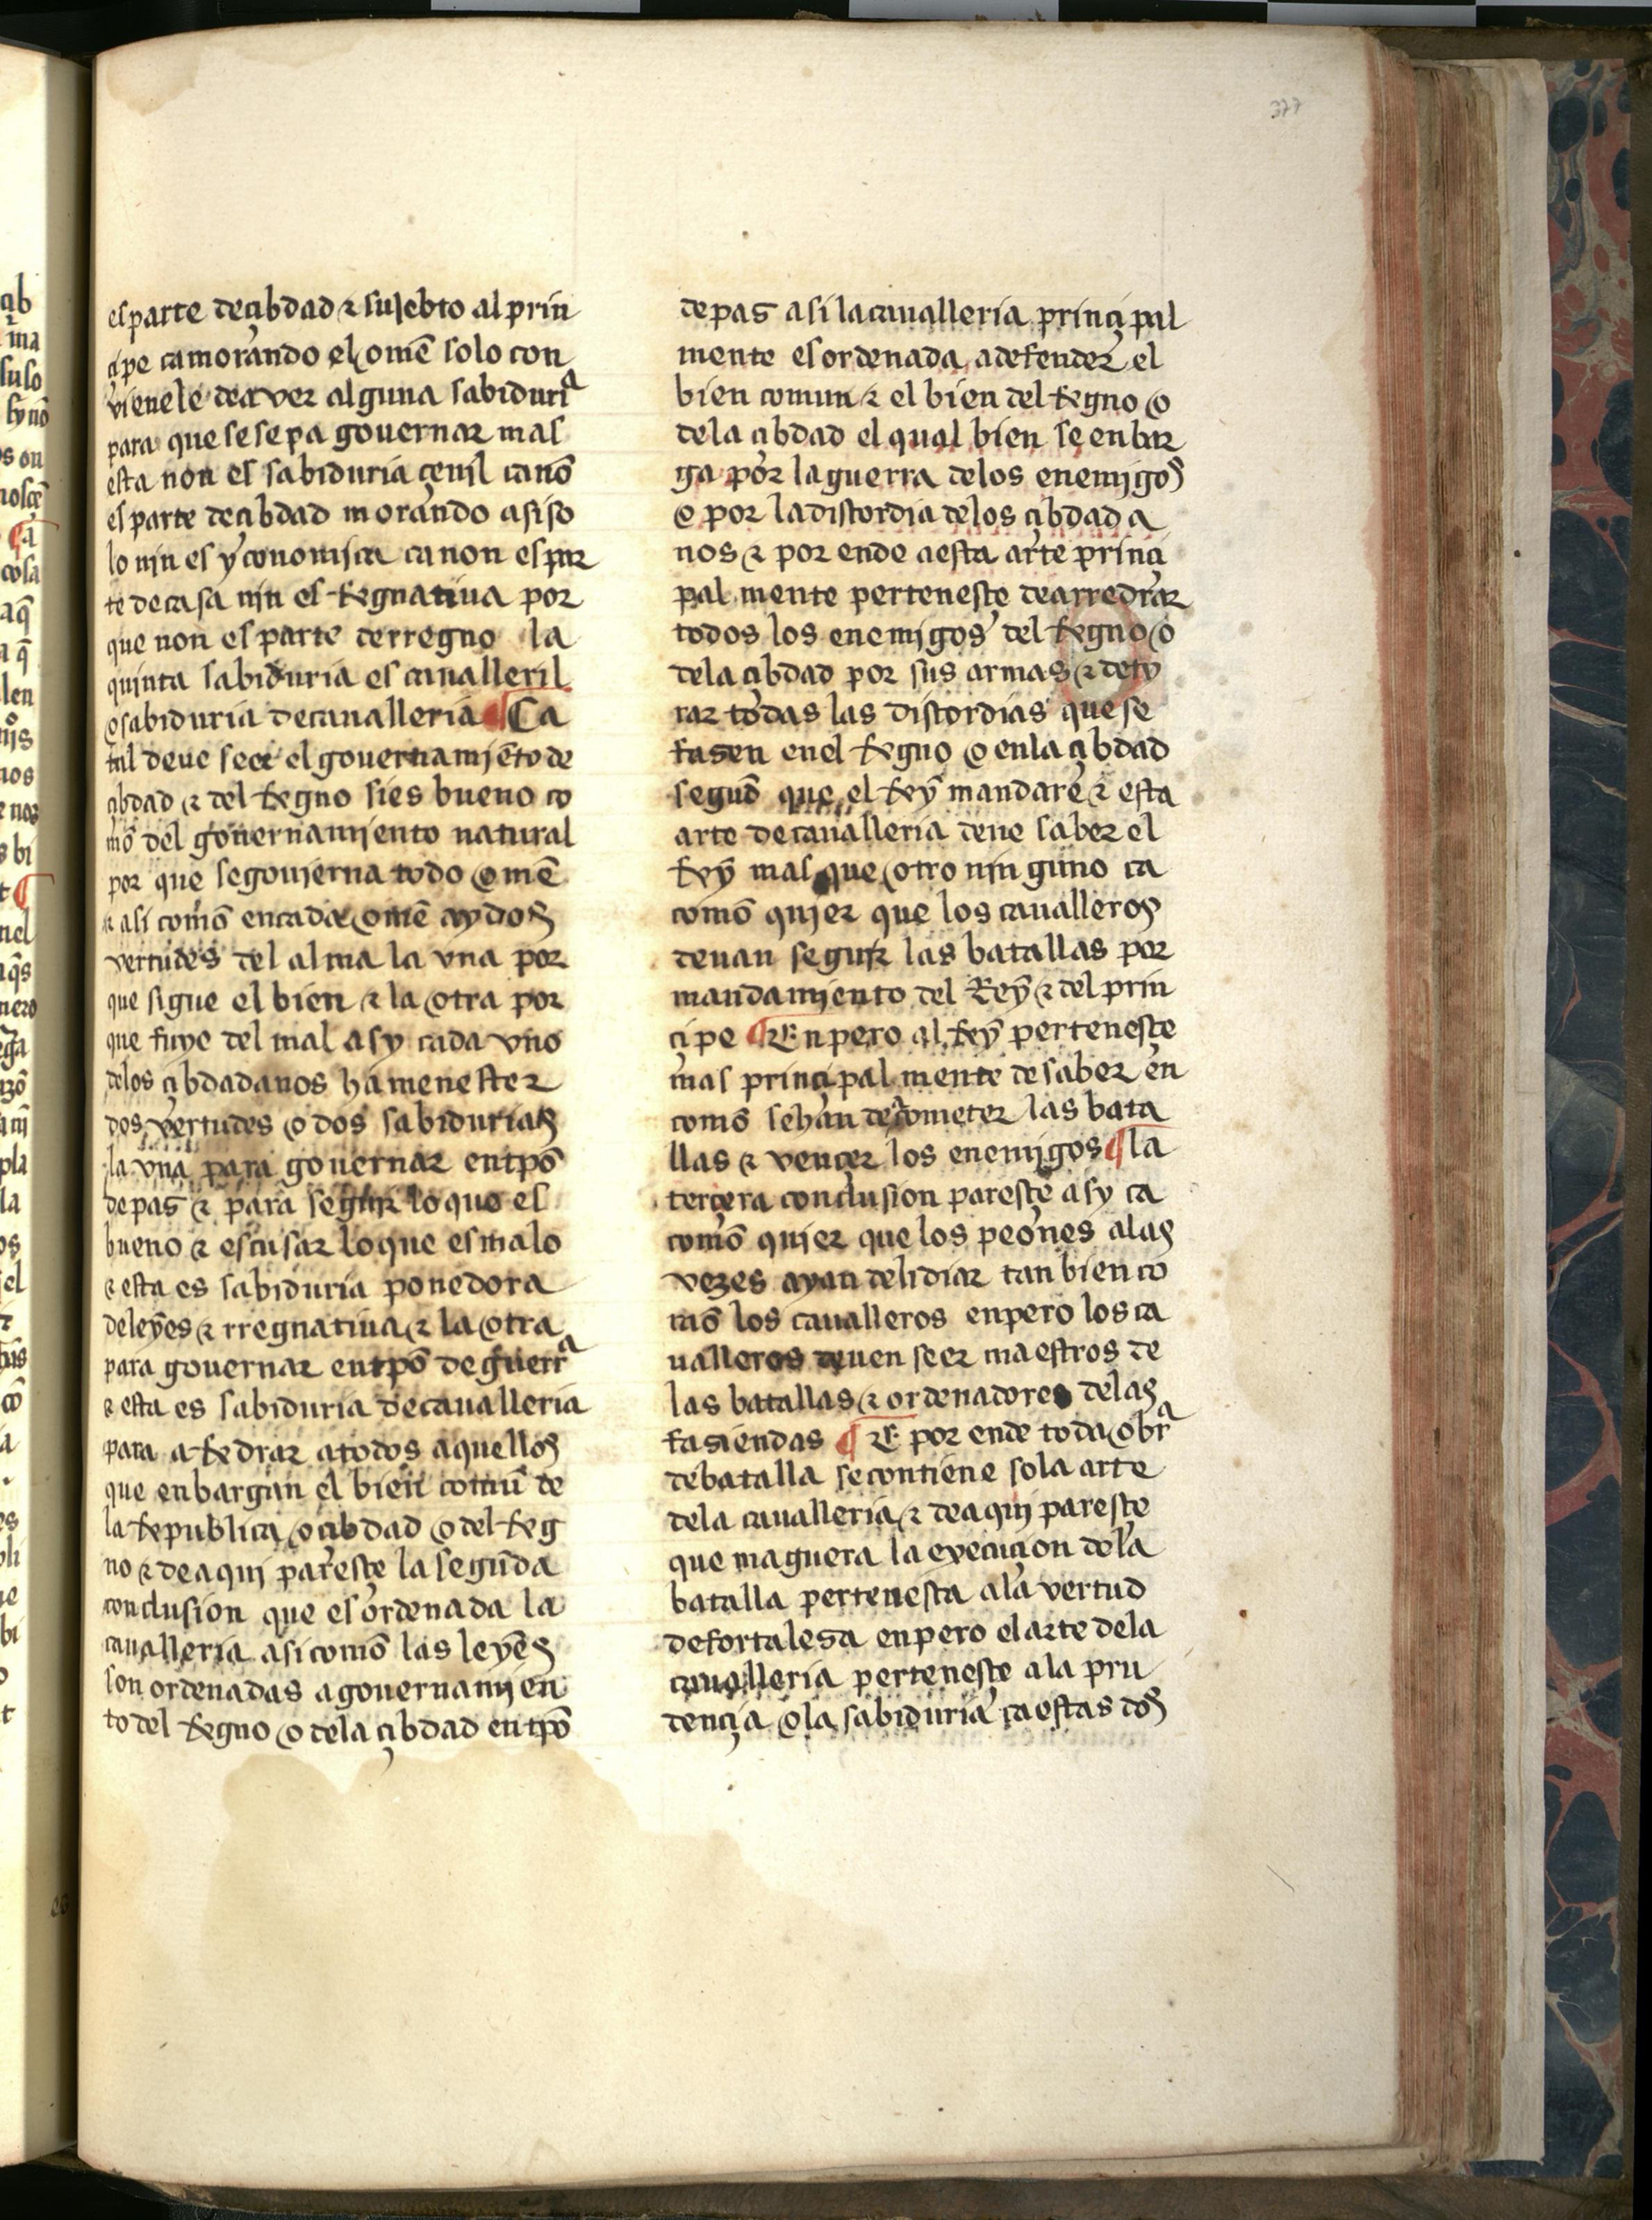
Shelfmark: Salamanca, Biblioteca Histórica USAL, 2709
Century: 15